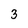
Character: 3